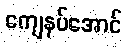
ကျေနပ်အောင်